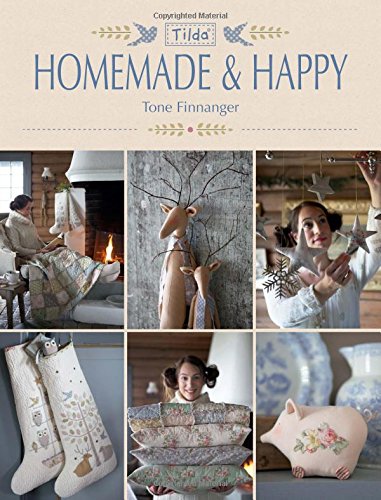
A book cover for Tilda Homemade & Happy; Tone Finnanger; Crafts, Hobbies & Home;